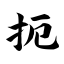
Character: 扼